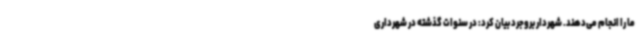
ما را انجام می‌دهند. شهردار بروجرد بیان کرد: در سنوات گذشته در شهرداری